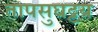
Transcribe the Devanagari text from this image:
तापसुघट्टय